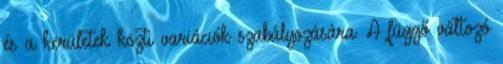
és a kerületek közti variációk szabályozására. A függő változó